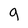
Character: g